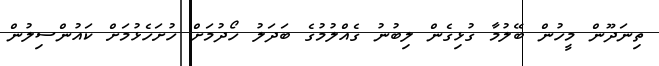
ތިނަދޫން މީހުން ބޭލުމާ ގުޅިގެން ލިބުނު ގެއްލުމުގެ ބަދަލު ހޯދުމަށް ހުށަހެޅުމަށް ކައުންސިލުން